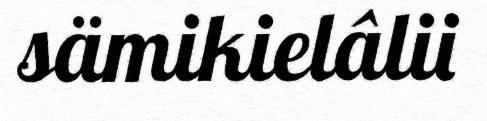
sämikielâlii